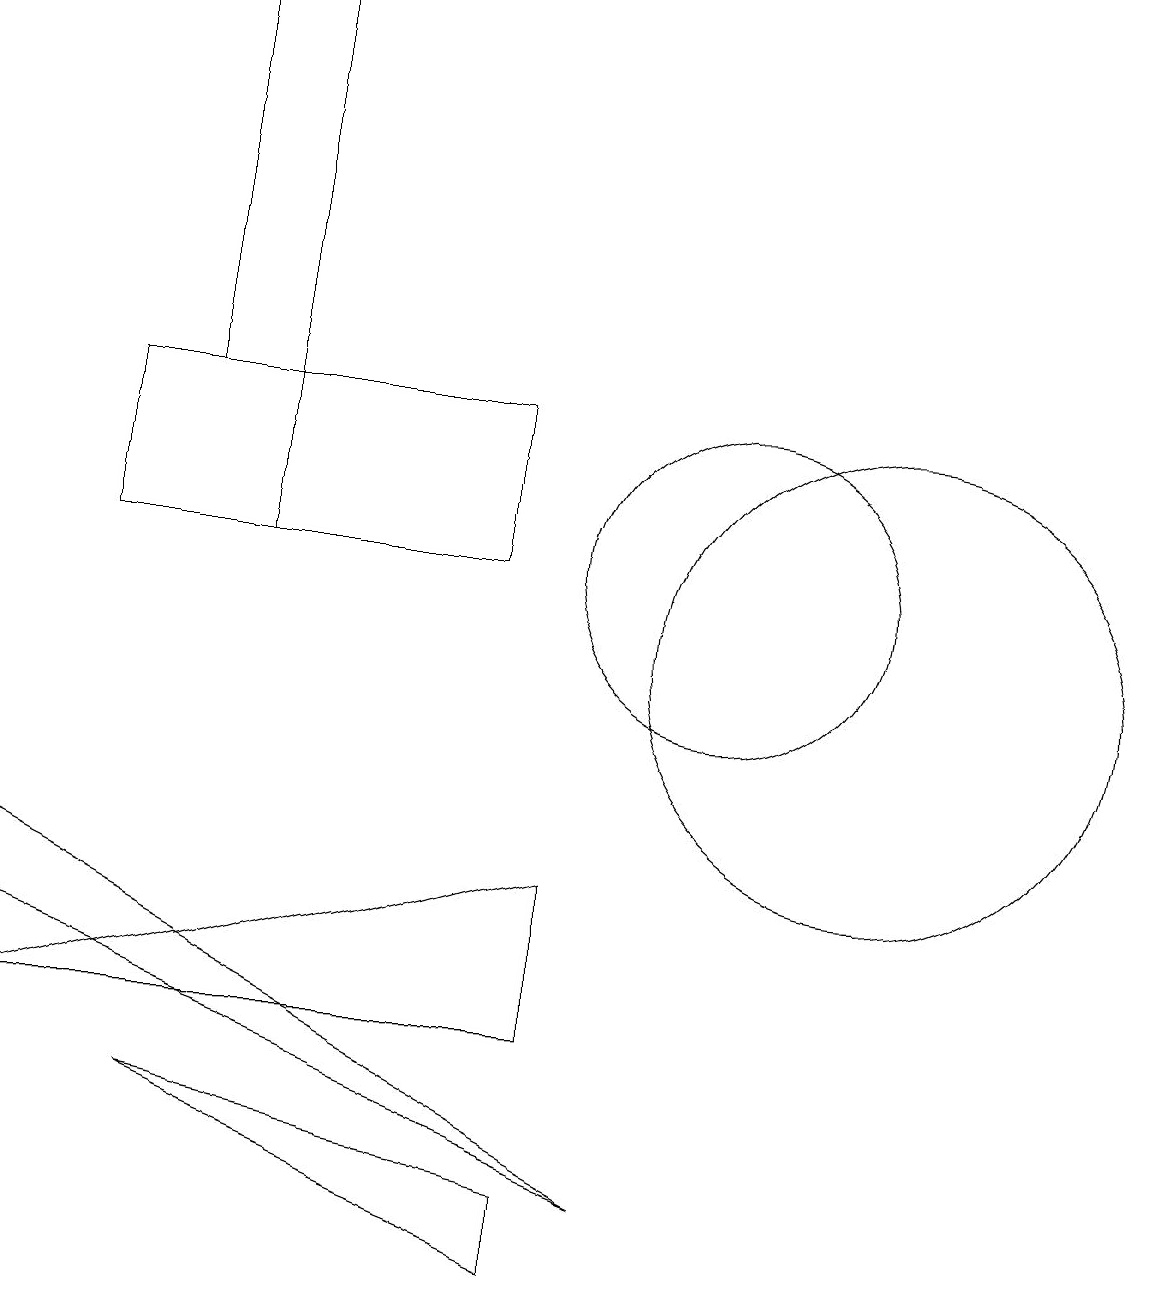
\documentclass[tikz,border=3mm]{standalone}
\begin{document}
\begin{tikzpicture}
\draw (7,11) rectangle (4,13);
\draw (1,6) -- (1,7) -- (9,3) -- cycle;
\draw (3,13) rectangle (4,18);
\draw (12,10) circle (3);
\draw (3,4) -- (8,3) -- (8,2) -- cycle;
\draw (10,11) circle (2);
\draw (2,13) rectangle (4,11);
\draw (1,5) -- (8,5) -- (8,7) -- cycle;
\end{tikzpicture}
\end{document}